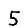
Digit: 5